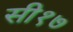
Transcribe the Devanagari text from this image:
सी१७